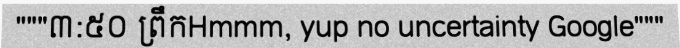
"""៣:៥០ ព្រឹកHmmm, yup no uncertainty Google"""